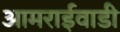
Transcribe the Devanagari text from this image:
आमराईवाडी